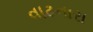
વાઢનારા